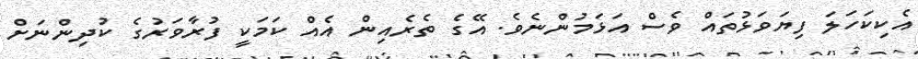
އެކިކަހަލަ ފިޔަވަޅުތައް ވެސް އަޅަމުންނެވެ. އޭގެ ތެރެއިން އެއް ކަމަކީ ފުރާވަރުގެ ކުދިންނަށް